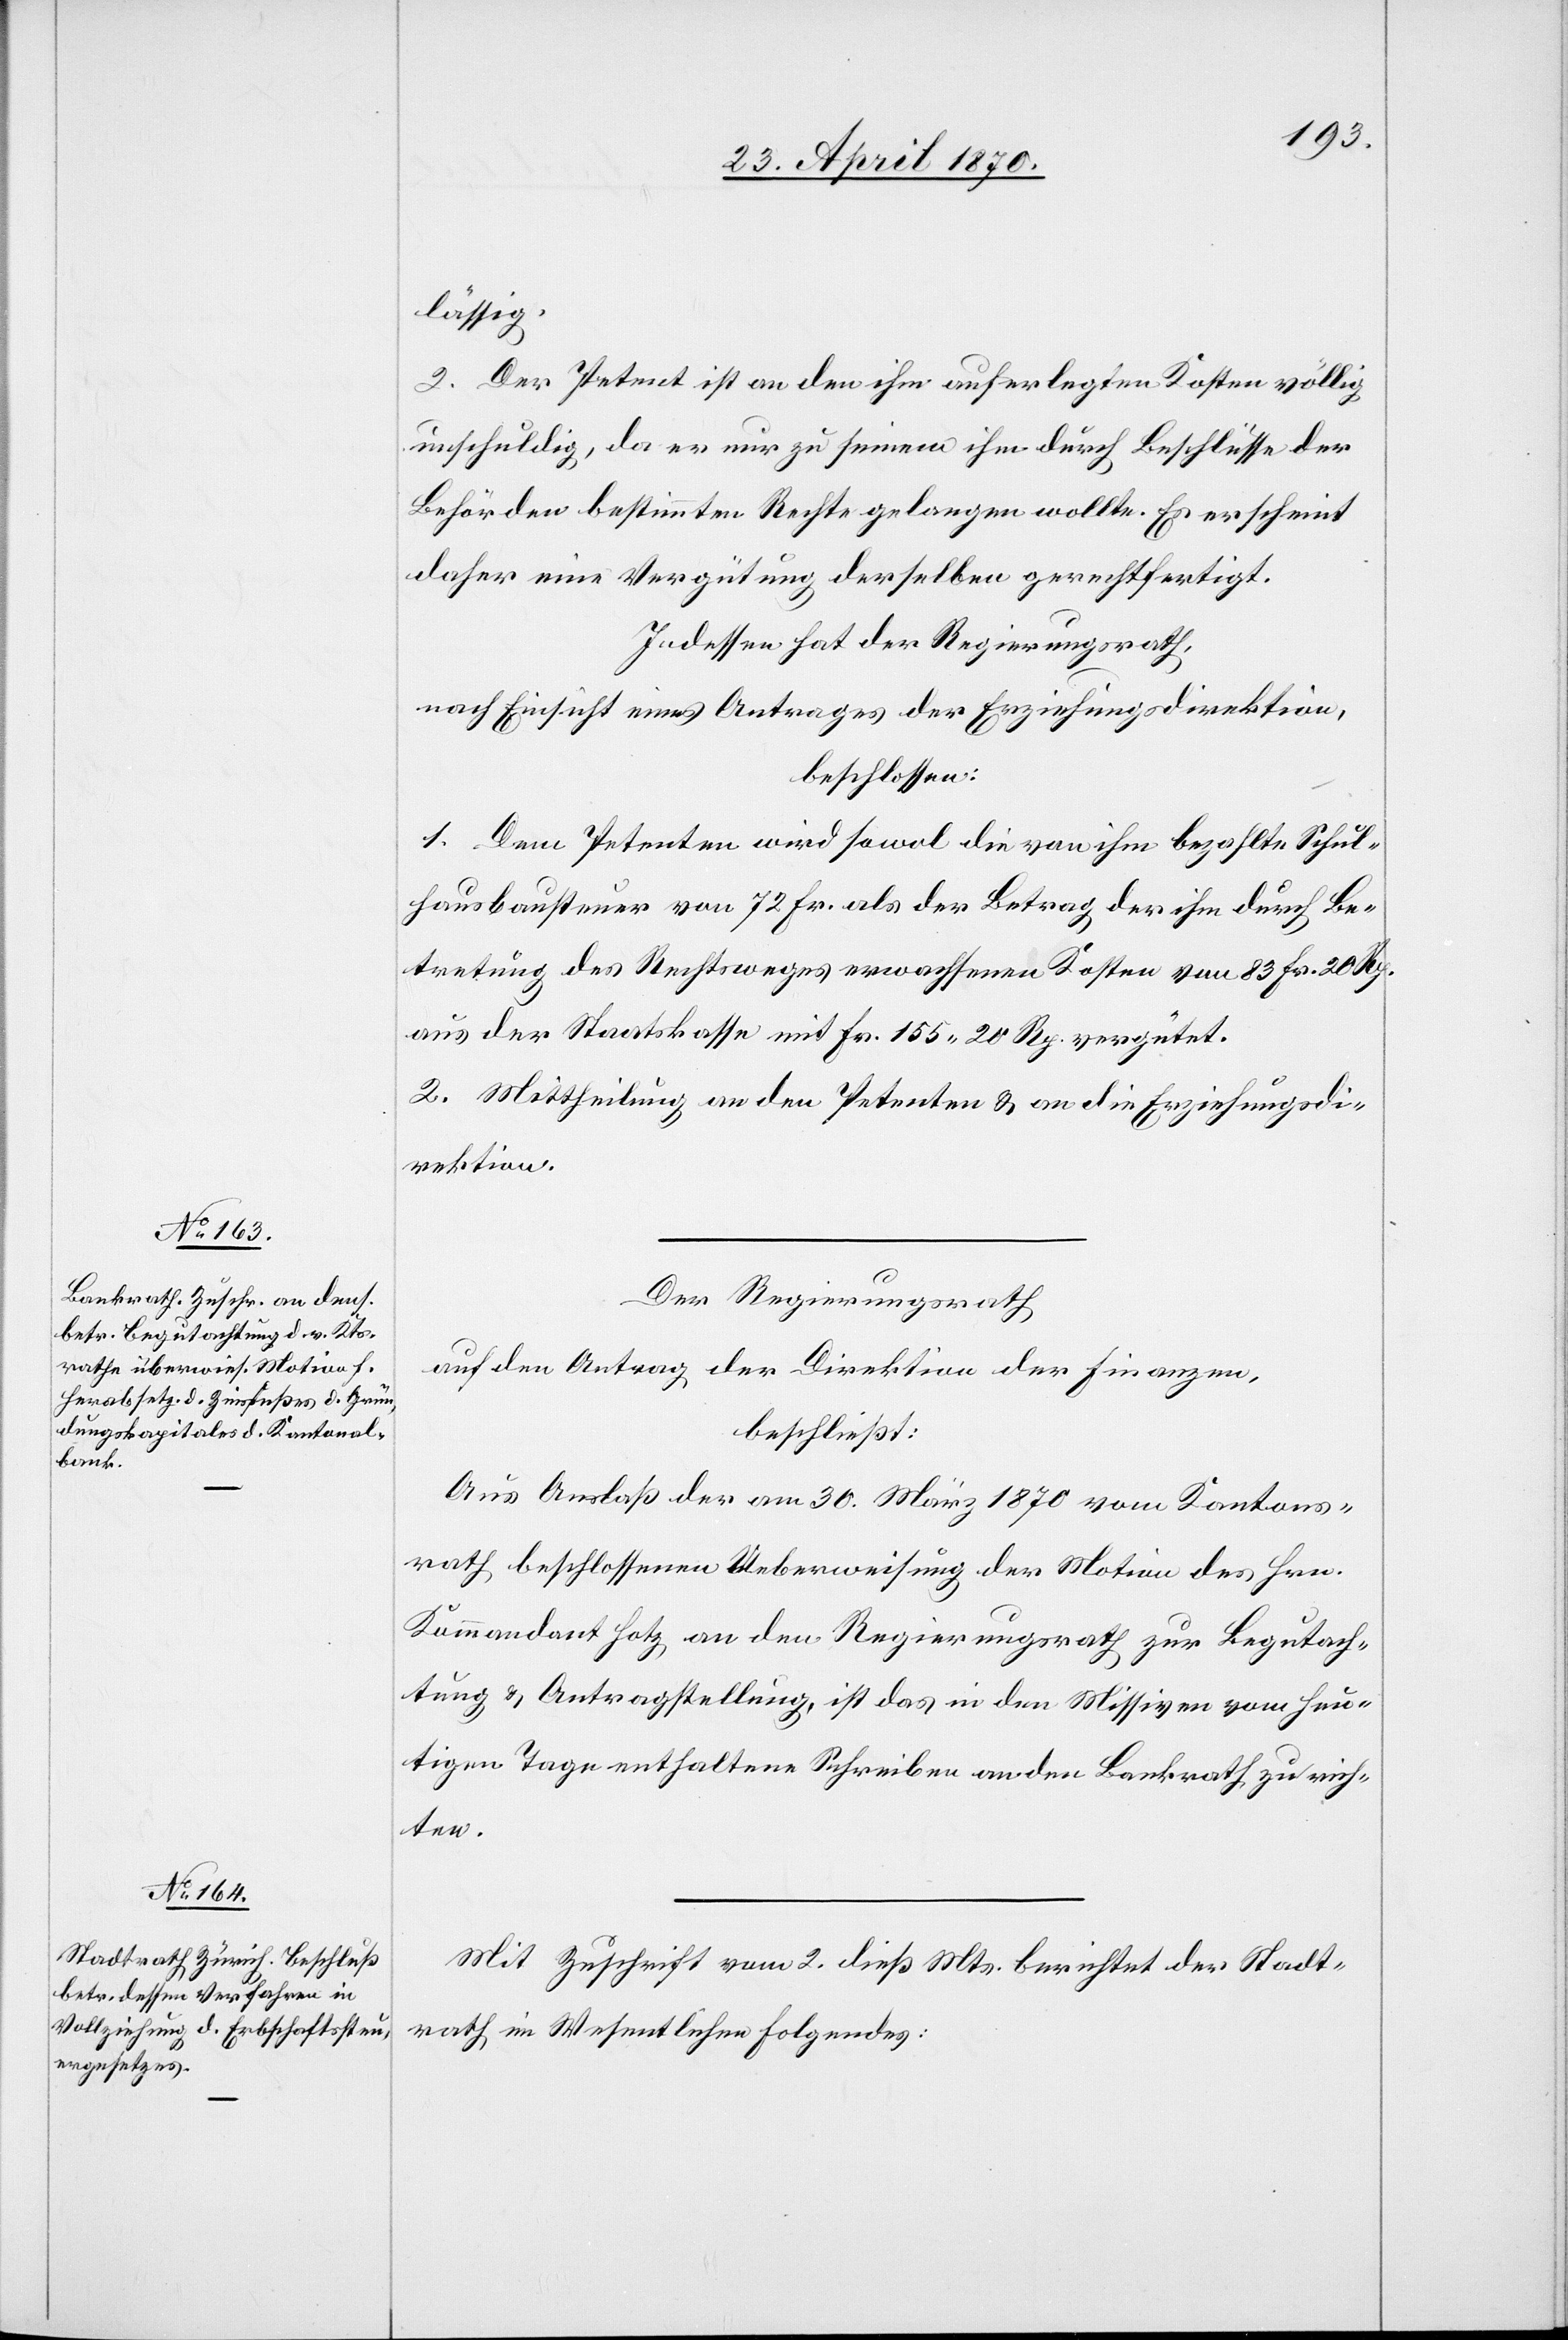
lässig.
2. Der Petent ist an den ihm auferlegten Kosten völlig
unschuldig, da er nur zu seinem ihm durch Beschlüsse der
Behörden bestimmten Rechte gelangen wollte. Es erscheint
daher eine Vergütung derselben gerechtfertigt.
Indessen hat der Regierungsrath,
nach Einsicht eines Antrages der Erziehungsdirektion,
beschlossen:
1. Dem Petenten wird sowol die von ihm bezahlte Schul¬
hausbausteuer von 72 Fr. als der Betrag der ihm durch Be¬
tretung des Rechtsweges erwachsenen Kosten von 83 Fr. 20 Rp.
aus der Staatskasse mit Fr. 155. 20 Rp. vergütet.
2. Mittheilung an den Petenten & an die Erziehungsdi¬
rektion.
Der Regierungsrath
auf den Antrag der Direktion der Finanzen,
beschließt:
Aus Anlaß der am 30. März 1870 vom Kantons¬
rath beschlossenen Ueberweisung der Motion des Hrn.
Kommandant Hotz an den Regierungsrath zur Begutach¬
tung & Antragstellung, ist das in den Missiven vom heu¬
tigen Tage enthaltene Schreiben an den Bankrath zu rich¬
ten.
Mit Zuschrift vom 2. dieß Mts. berichtet der Stadt¬
rath im Wesentlichen Folgendes: